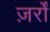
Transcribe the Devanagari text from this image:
ज़र्रों